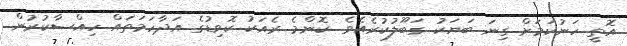
އޮތީ ހަނުކަމަށް ގިނަ ބަޔަކު ގަބޫލުކުރެއެވެ. ކޮންމެ ރެއަކު ކޮވިޑުގެ އަދާހަމަތައް ހިއްސާކުރުން